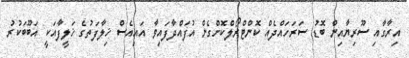
އިރާގާއި ސޫރިޔާއިން ބޮޑު ސަރަހައްދެއް ކޮންޓްރޯލްކޮށްގެން އުފައްދާފައިވާ އައިއެސް ޚިލާފަތުގެ ޚަލީފާއަކީ އަބޫބަކުރު